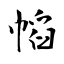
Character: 幍